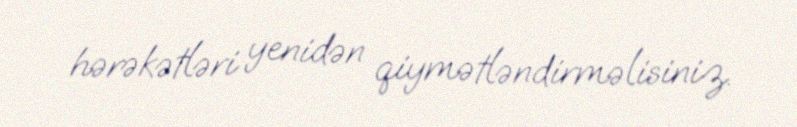
hərəkətləri yenidən qiymətləndirməlisiniz.